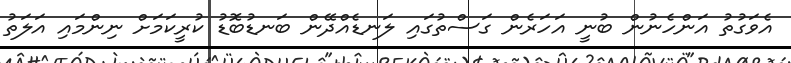
އެވަގުތު އަންހެނުން ބުނީ އަހަރެން ގަސްތުގައި ލަނޑެއްދޭން ބަނޑުބޮޑު ކުރީކަމަށް ނިންމައި އަލަތު